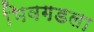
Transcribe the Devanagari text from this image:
भिवगडला